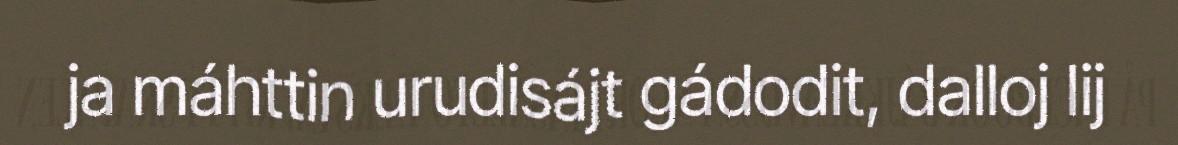
ja máhttin urudisájt gádodit, dalloj lij